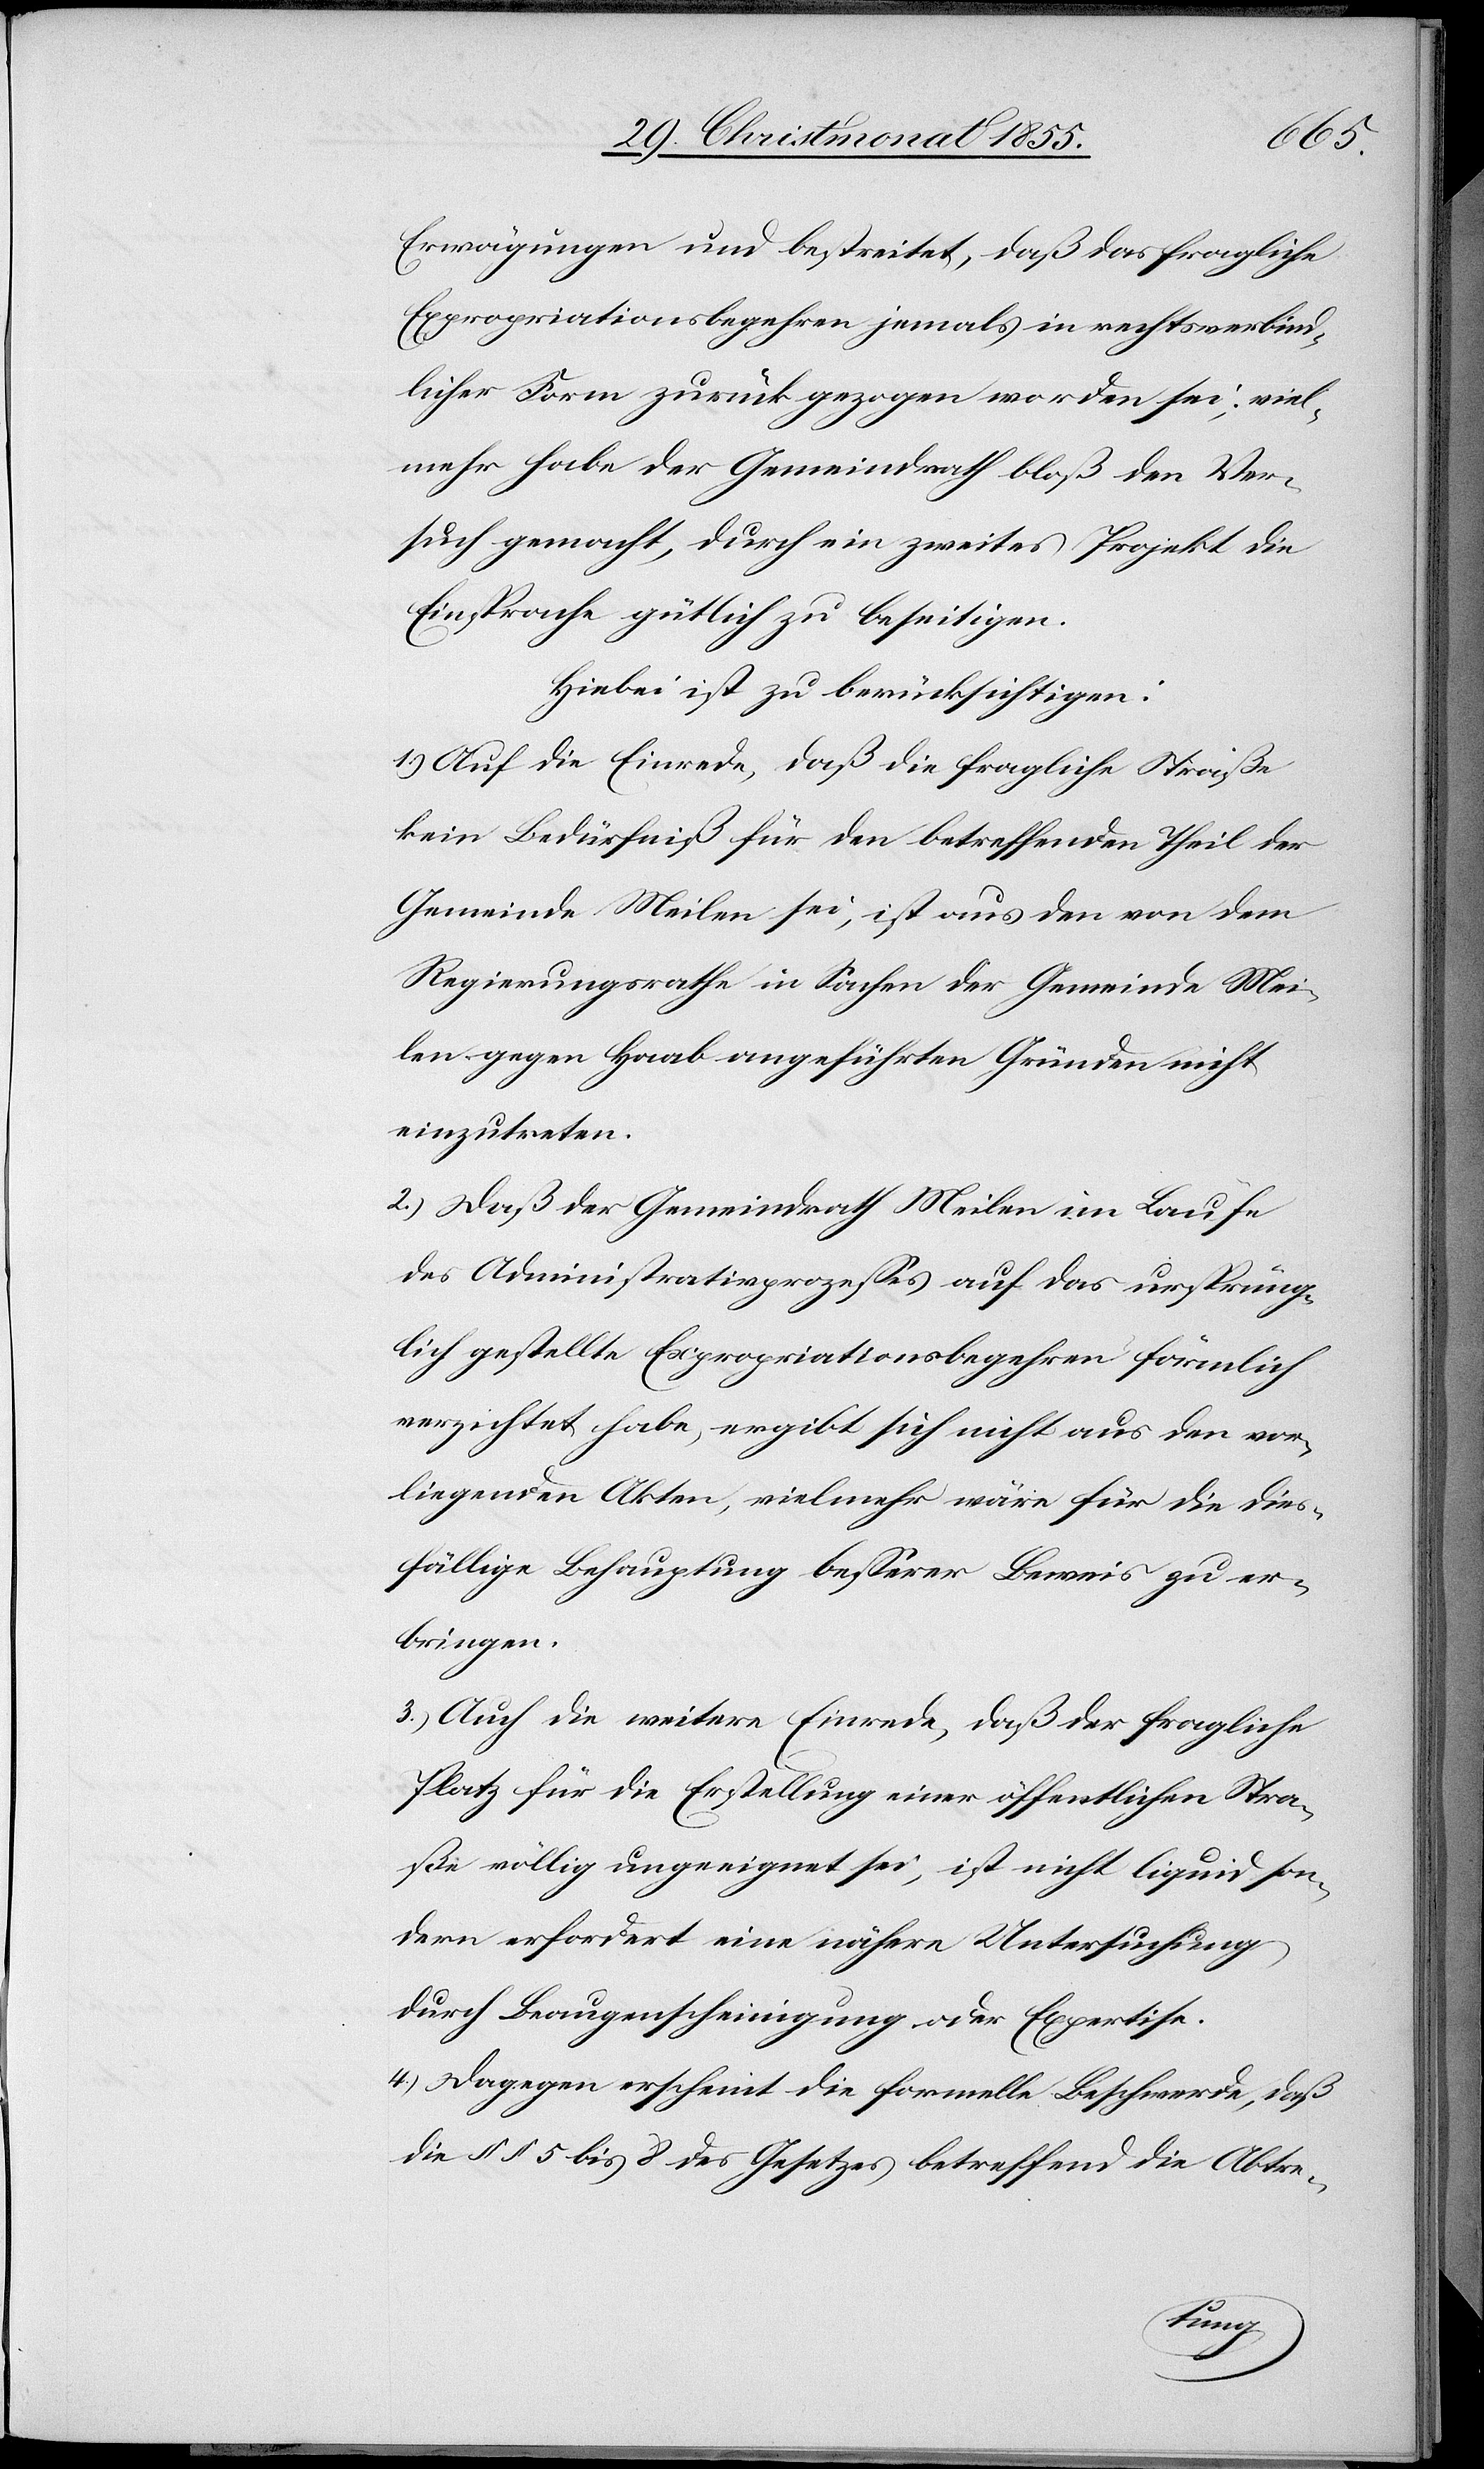
Erwägungen und bestreitet, daß das fragliche
Expropriationsbegehren jemals in rechtsverbind¬
licher Form zurück gezogen worden sei; viel¬
mehr habe der Gemeindrath bloß den Ver¬
such gemacht, durch ein zweites Projekt die
Einsprache gütlich zu beseitigen.
Hiebei ist zu berücksichtigen:
1.) Auf die Einrede, daß die fragliche Straße
kein Bedürfniß für den betreffenden Theil der
Gemeinde Meilen sei, ist aus den von dem
Regierungsrathe in Sachen der Gemeinde Mei¬
len gegen Haab angeführten Gründen nicht
einzutreten.
2.) Daß der Gemeindrath Meilen im Laufe
des Administrativprozesses auf das urspüng¬
lich gestellte Expropriationsbegehren förmlich
verzichtet habe, ergibt sich nicht aus den vor¬
liegenden Akten, vielmehr wäre für die dies¬
fällige Behauptung besserer Beweis zu er¬
bringen.
3.) Auch die weitere Einrede, daß der fragliche
Platz für die Erstellung einer öffentlichen Stra¬
ße völlig ungeeignet sei, ist nicht liquid son¬
dern erfordert eine nähere Untersuchung
durch Beaugenscheinigung oder Expertise.
4.) Dagegen erscheint die formelle Beschwerde, daß
die §§ 5 bis 8 des Gesetzes betreffend die Abtre-